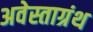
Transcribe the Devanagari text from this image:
अवेस्ताग्रंथ